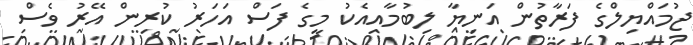
ޖުމައްޔިލްގެ ފަރާތުން އަނިޔާ ލިބުމާއިއެކު މީގެ ފަސް އަހަރު ކުރިން އޭރު ވެސް